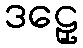
ဒဠှေ